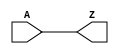
module BUF_X16 (A, Z);
  input A;
  output Z;

  buf(Z, A);


endmodule